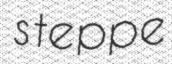
steppe